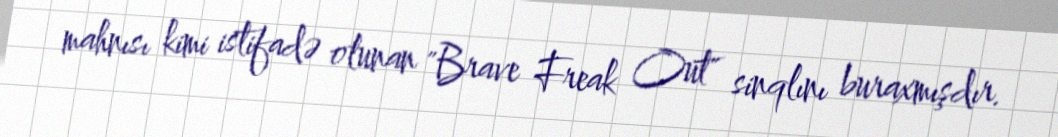
mahnısı kimi istifadə olunan "Brave Freak Out" sinqlını buraxmışdır.